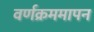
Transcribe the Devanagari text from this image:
वर्णक्रममापन